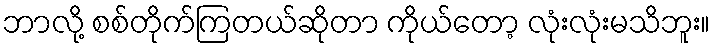
ဘာလို့ စစ်တိုက်ကြတယ်ဆိုတာ ကိုယ်တော့ လုံးလုံးမသိဘူး။